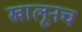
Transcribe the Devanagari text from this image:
खालूनच